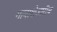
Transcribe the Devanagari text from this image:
गावाशेजारीच